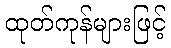
ထုတ်ကုန်များဖြင့်